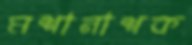
মশানাশক